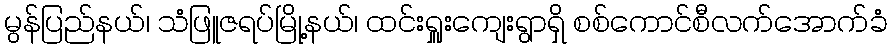
မွန်ပြည်နယ်၊ သံဖြူဇရပ်မြို့နယ်၊ ထင်းရှူးကျေးရွာရှိ စစ်ကောင်စီလက်အောက်ခံ